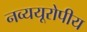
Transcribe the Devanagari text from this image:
नव्ययूरोपीय